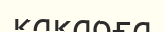
какаоға